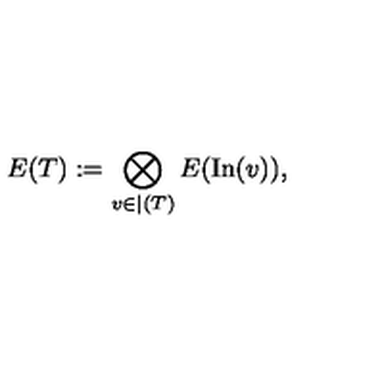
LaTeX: E ( T ) : = \bigotimes _ { v \in \vert ( T ) } E ( \mathrm { I n } ( v ) ) ,